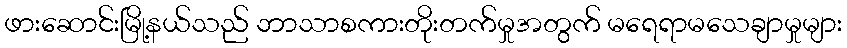
ဖားဆောင်းမြို့နယ်သည် ဘာသာစကားတိုးတက်မှုအတွက် မရေရာမသေချာမှုများ